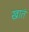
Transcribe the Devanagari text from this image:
खातं